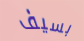
بسيف